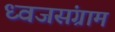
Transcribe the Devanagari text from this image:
ध्वजसंग्राम